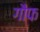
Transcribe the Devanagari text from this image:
गौफ